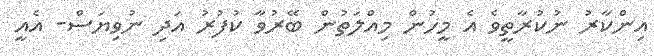
އިންކާރު ނުކުރާތީވެ އެ މީހުން މިއްލަތުން ބޭރުވާ ކުފުރު އަދި ނުވިޔަސް- އެއީ